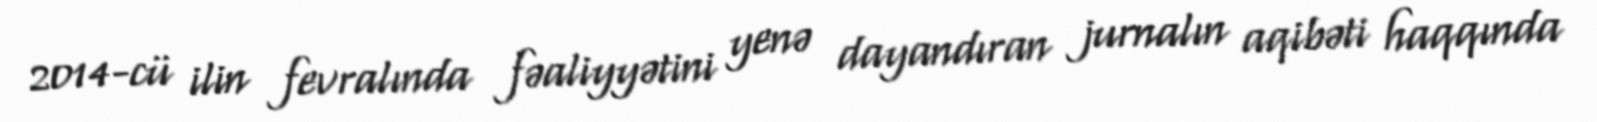
2014-cü ilin fevralında fəaliyyətini yenə dayandıran jurnalın aqibəti haqqında